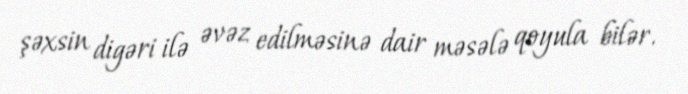
şəxsin digəri ilə əvəz edilməsinə dair məsələ qoyula bilər.